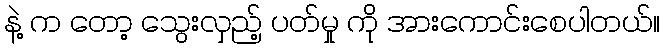
နဲ့ က တော့ သွေးလှည့် ပတ်မှု ကို အားကောင်းစေပါတယ်။